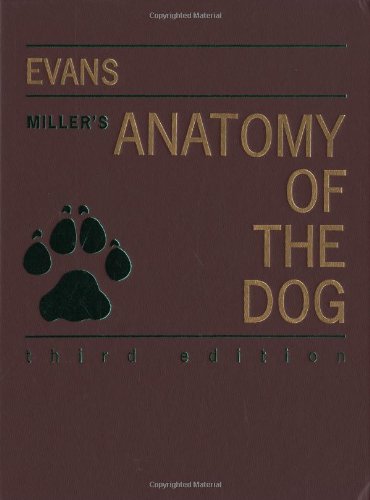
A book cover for Miller's Anatomy of the Dog, 3e; Howard E. Evans PhD; Medical Books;